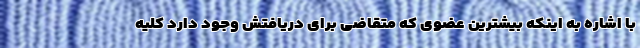
با اشاره به اینکه بیشترین عضوی که متقاضی برای دریافتش وجود دارد کلیه‌